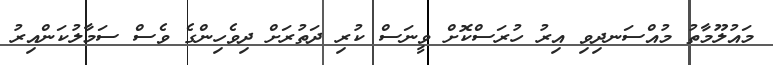
މައުލޫމާތު މުއްސަނދިވި އިރު ހުރަސްކޮށް ވީނަސް ކުރި ދަތުރަށް ދިވެހިންގެ ވެސް ސަމާލުކަންއިރު